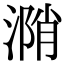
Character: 𣹝